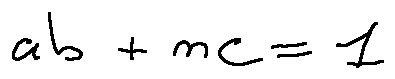
a b + n c = 1